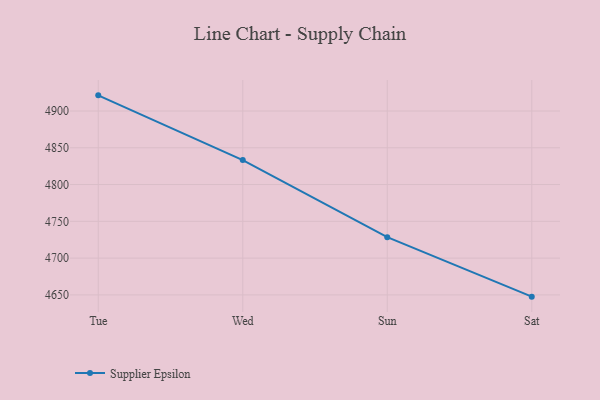
{"axis": {"x": "Day", "y": "Gross Profit (USD K)"}, "legend": ["Supplier Epsilon"], "data": [{"x": "Tue", "y": 4921.3, "type": "Supplier Epsilon"}, {"x": "Wed", "y": 4833.3, "type": "Supplier Epsilon"}, {"x": "Sun", "y": 4728.5, "type": "Supplier Epsilon"}, {"x": "Sat", "y": 4647.6, "type": "Supplier Epsilon"}]}